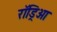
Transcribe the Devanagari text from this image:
रॉड्रिओ